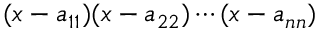
( x - a _ { 1 1 } ) ( x - a _ { 2 2 } ) \cdots ( x - a _ { n n } )